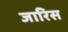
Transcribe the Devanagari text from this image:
जारिस